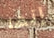
إنها